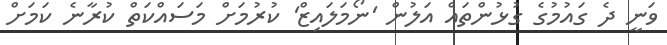
ވަނީ ދެ ގައުމުގެ ގުޅުންތައް އަލުން 'ނޯމަލައިޒް' ކުރުމަށް މަސައްކަތް ކުރާނެ ކަމަށް